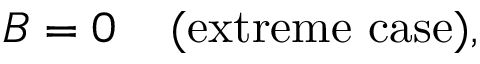
B = 0 \; \; \; \; \mathrm { ( e x t r e m e ~ c a s e ) } ,